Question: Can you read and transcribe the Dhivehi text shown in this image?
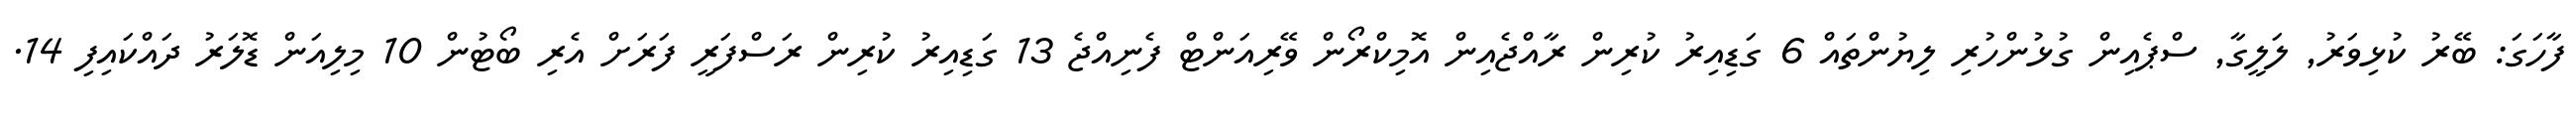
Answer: ފާހަގަ: ބޭރު ކުޅިވަރު, ލަލީގާ, ސްޕެއިން ގުޅުންހުރި ލިޔުންތައް 6 ގަޑިއިރު ކުރިން ރާއްޖެއިން އޮމިކްރޯން ވޭރިއަންޓް ފެނިއްޖެ 13 ގަޑިއިރު ކުރިން ރަސްފަރީ ފަރަށް އެރި ބޯޓުން 10 މިލިއަން ޑޮލަރު ދައްކައިފި 14.